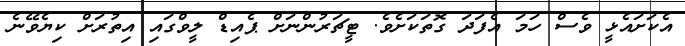
އެކަށައެޅީ ވެސް ހަމަ އެފަދަ ގޮތަކަށެވެ. ޓީޗަރުންނަށް ޕެއިޑް ލީވްގައި އިތުރަށް ކިޔެވޭނެ